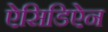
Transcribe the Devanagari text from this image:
ऐसिडिऐन